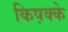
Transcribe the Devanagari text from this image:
किष़क्के